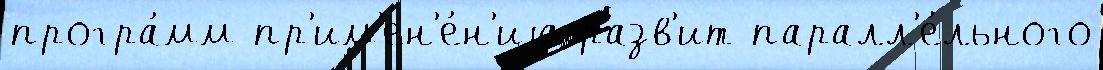
програ́мм пр'им'ен'е́н'иjа разв'ит паралл'е́льного